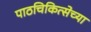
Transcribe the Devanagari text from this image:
पाठचिकित्सेच्या